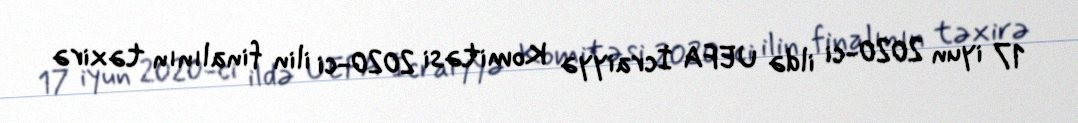
17 iyun 2020-ci ildə UEFA İcraiyyə Komitəsi 2020-ci ilin finalının təxirə